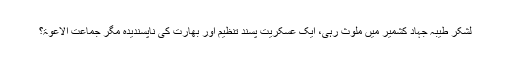
لشکر طیبہ جہاد کشمیر میں ملوث رہی، ایک عسکریت پسند تنظیم اور بھارت کی ناپسندیدہ مگر جماعت الاعوۃ؟